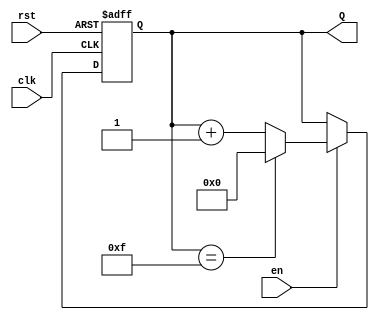
module binary_up_counter #(
    parameter N = 4  // Number of bits for the counter
) (
    input wire clk,     // Clock signal
    input wire rst,     // Asynchronous reset
    input wire en,      // Enable signal
    output reg [N-1:0] Q // N-bit output count
);

// Asynchronous reset and counting logic
always @(posedge clk or posedge rst) begin
    if (rst) begin
        Q <= 0; // Reset the counter to 0
    end else if (en) begin
        if (Q == (2**N - 1)) begin
            Q <= 0; // Wrap around to 0 when maximum value is reached
        end else begin
            Q <= Q + 1; // Increment the counter
        end
    end
end

endmodule